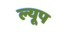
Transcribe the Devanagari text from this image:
ल्यूप